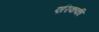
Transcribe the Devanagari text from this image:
एरिककी